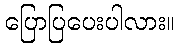
ပြောပြပေးပါလား။